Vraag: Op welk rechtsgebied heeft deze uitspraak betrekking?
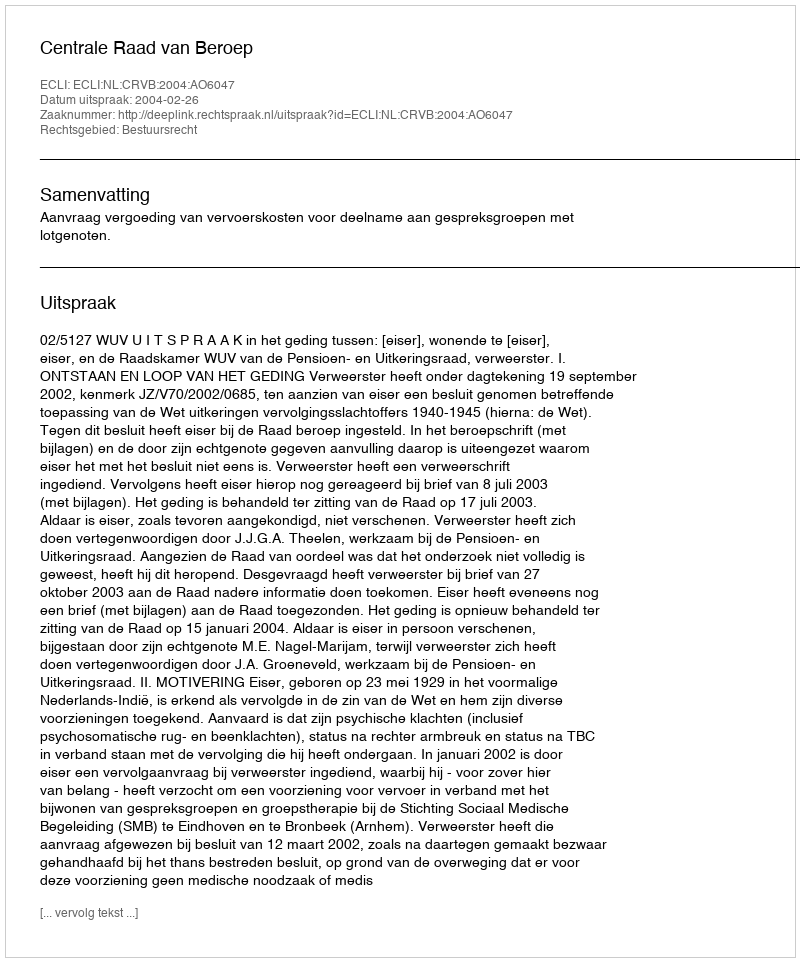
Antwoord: Bestuursrecht